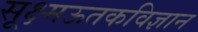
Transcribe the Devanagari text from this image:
सूक्ष्मऊतकविज्ञान